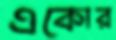
একোর